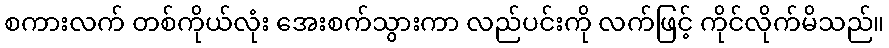
စကားလက် တစ်ကိုယ်လုံး အေးစက်သွားကာ လည်ပင်းကို လက်ဖြင့် ကိုင်လိုက်မိသည်။